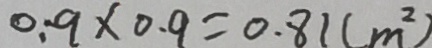
0 . 9 \times 0 . 9 = 0 . 8 1 ( m ^ { 2 } )